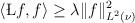
LaTeX: \begin{align*}\begin{aligned}\langle \L f, f \rangle \geq \lambda \| f \|^2_{L^2(\nu)}\end{aligned}\end{align*}